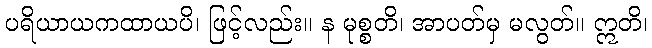
ပရိယာယကထာယပိ၊ ဖြင့်လည်း။ န မုစ္စတိ၊ အာပတ်မှ မလွတ်။ ဣတိ၊